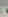
: